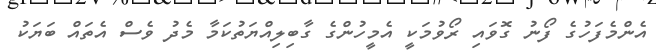
އެންމެފަހުގެ ފޯނު ގޮވައި ރޯވުމަކީ އެމީހުންގެ ގާބިލިއްޔަތުކަމާ މެދު ވެސް އެތައް ބަޔަކު